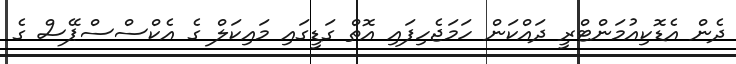
ދެން އެޑޮކިއުމަންޓްރީ ދައްކަން ހަމަޖެހިފައި އޮތް ގަޑީގައި މައިކަލް ގެ އެކްސްސްޕޭސް ގެ